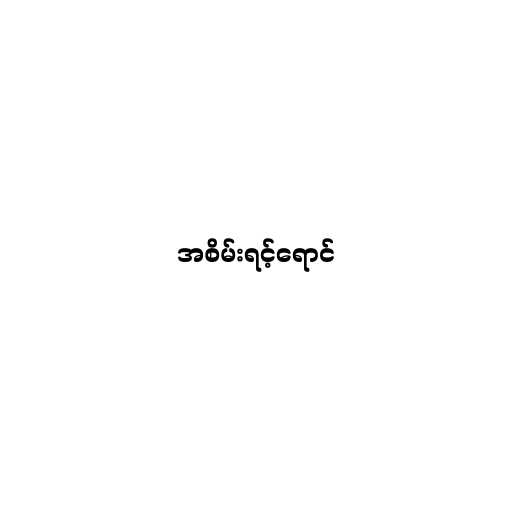
အစိမ်းရင့်ရောင်